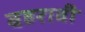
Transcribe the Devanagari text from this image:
बहरावी